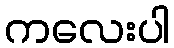
ကလေးပါ